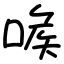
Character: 㗋